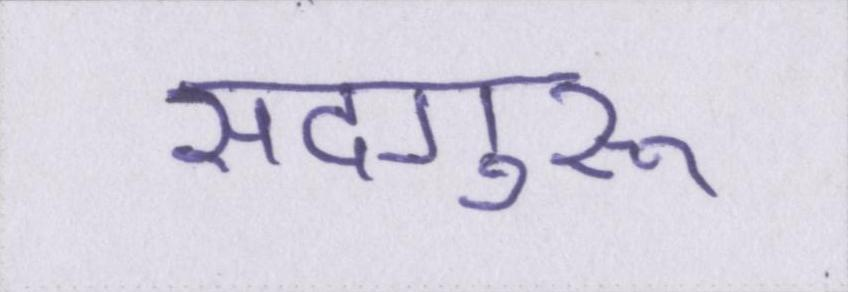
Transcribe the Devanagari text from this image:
सदगुरू